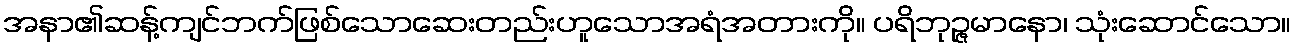
အနာ၏ဆန့်ကျင်ဘက်ဖြစ်သောဆေးတည်းဟူသောအရံအတားကို။ ပရိဘုဉ္ဇမာနော၊ သုံးဆောင်သော။